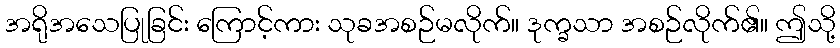
အရိုအသေပြုခြင်း ကြောင့်ကား သုခအစဉ်မလိုက်။ ဒုက္ခသာ အစဉ်လိုက်၏။ ဤသို့